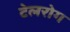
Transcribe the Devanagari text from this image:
टेलरोग